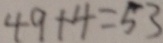
4 9 + 4 = 5 3